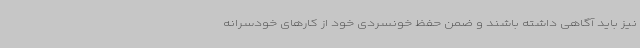
نیز باید آگاهی داشته باشند و ضمن حفظ خونسردی خود از کارهای خودسرانه